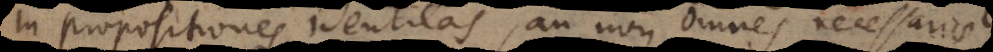
in propositiones identicas, an non omnes necessaria